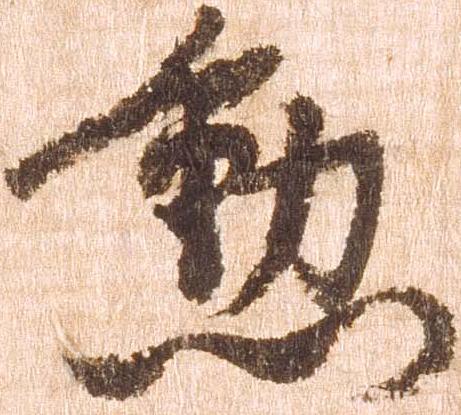
勲